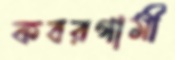
কবরগামী